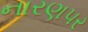
નારણપર